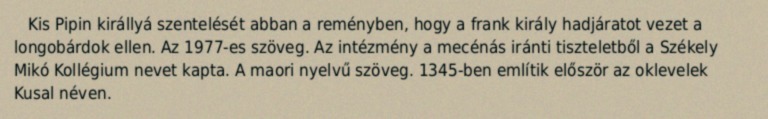
Kis Pipin királlyá szentelését abban a reményben, hogy a frank király hadjáratot vezet a longobárdok ellen. Az 1977-es szöveg. Az intézmény a mecénás iránti tiszteletből a Székely Mikó Kollégium nevet kapta. A maori nyelvű szöveg. 1345-ben említik először az oklevelek Kusal néven.